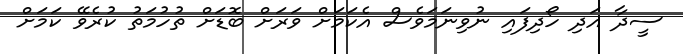
ސީދާ އަދި ހޯދިފައި ނުވިނަމަވެސް އެކަމަށް ވަރަށް ބޮޑަށް ތުހުމަތު ކުރެވޭ ކަމަށް